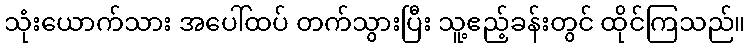
သုံးယောက်သား အပေါ်ထပ် တက်သွားပြီး သူ့ဧည့်ခန်းတွင် ထိုင်ကြသည်။